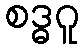
စဒ္ဓဂူ